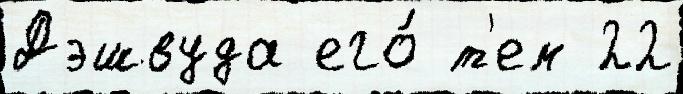
Дэшвуда его́ т'ем 22